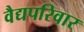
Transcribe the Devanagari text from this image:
वैद्यपरिवार